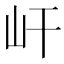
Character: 屽